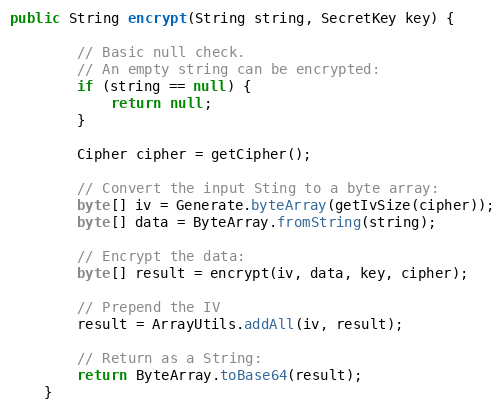
Language: Java
public String encrypt(String string, SecretKey key) {

        // Basic null check.
        // An empty string can be encrypted:
        if (string == null) {
            return null;
        }

        Cipher cipher = getCipher();

        // Convert the input Sting to a byte array:
        byte[] iv = Generate.byteArray(getIvSize(cipher));
        byte[] data = ByteArray.fromString(string);

        // Encrypt the data:
        byte[] result = encrypt(iv, data, key, cipher);

        // Prepend the IV
        result = ArrayUtils.addAll(iv, result);

        // Return as a String:
        return ByteArray.toBase64(result);
    }